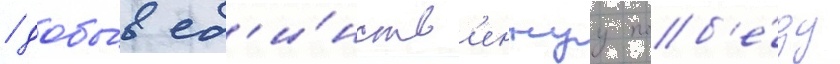
/ добы́в ед'и́нств'еннуу поб'е́ду